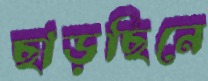
ছাড়ছিনে